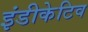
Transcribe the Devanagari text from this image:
इंडीकेटिव